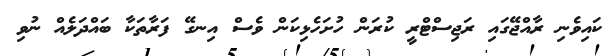
ކައިވެނި ރާއްޖޭގައި ރަޖިސްޓްރީ ކުރަން ހުށަހެޅިކަން ވެސް އިނގޭ ފަރާތަކާ ބައްދަލެއް ނުވި